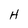
Character: H